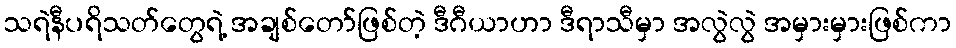
သရဲနီပရိသတ်တွေရဲ့ အချစ်တော်ဖြစ်တဲ့ ဒီဂီယာဟာ ဒီရာသီမှာ အလွဲလွဲ အမှားမှားဖြစ်ကာ